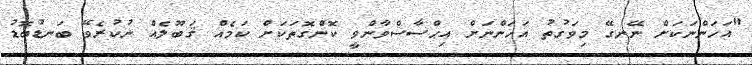
"އަހަންނަކަށް ނޭނގޭ މިވަގުތު އަހަންނަށް އިޙްސާސްވާންވީ ކޮންގޮތަކަށް ކަމެއް ޤަބޫލެއް ނުކުރެވޭ ބަނޑުބޮޑު